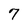
Character: 7